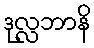
ဒုလ္လဘာနိ